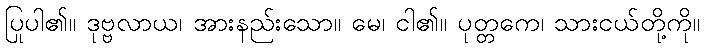
ပြုပါ၏။ ဒုဗ္ဗလာယ၊ အားနည်းသော။ မေ၊ ငါ၏။ ပုတ္တကေ၊ သားငယ်တို့ကို။